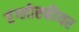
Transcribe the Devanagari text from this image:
एंग्लोस्फीयर